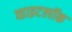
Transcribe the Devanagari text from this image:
व्हाइटलॉक